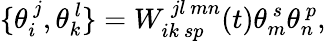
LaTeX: \{ \theta_{i}^{~j},\theta_{k}^{~l}\} =W_{ik~sp}^{~jl~mn}(t)\theta_{m}^{~s}\theta_{n}^{~p},